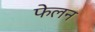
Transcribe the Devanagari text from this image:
फेलन